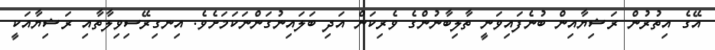
އޭގެ އިތުރުން ރަޝިޔާއިން ބުނެފައިވަނީ ތާލިބާނުންގެ ވެރިކަން އަދި ބަލައިނުގަންނަކަމަށެވެ. އިނގިރޭސިވިލާތާއި ރަޝިޔާއަކީ